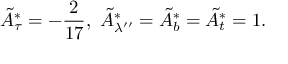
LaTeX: \tilde { A } _ { \tau } ^ { * } = - { \frac { 2 } { 1 7 } } , \, \, \tilde { A } _ { \lambda ^ { \prime \prime } } ^ { * } = \tilde { A } _ { b } ^ { * } = \tilde { A } _ { t } ^ { * } = 1 .